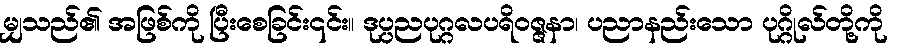
မျှသည်၏ အဖြစ်ကို ပြီးစေခြင်း၎င်း။ ဒုပ္ပညပုဂ္ဂလပရိဝဇ္ဇနာ၊ ပညာနည်းသော ပုဂ္ဂိုလ်တို့ကို